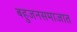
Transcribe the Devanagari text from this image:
बहुजनसमाजात